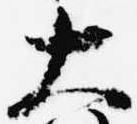
大